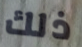
ذلك